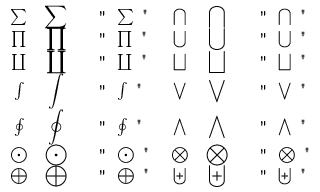
\begin{array} { c c l c c l } { \sum } & { \displaystyle \sum } & { \mathrm { ~ \verb ~ " ~ \sum ~ " ~ } } & { \bigcap } & { \displaystyle \bigcap } & { \mathrm { ~ \verb ~ " ~ \bigcap ~ " ~ } } \\ { \prod } & { \displaystyle \prod } & { \mathrm { ~ \verb ~ " ~ \prod ~ " ~ } } & { \bigcup } & { \displaystyle \bigcup } & { \mathrm { ~ \verb ~ " ~ \bigcup ~ " ~ } } \\ { \coprod } & { \displaystyle \coprod } & { \mathrm { ~ \verb ~ " ~ \coprod ~ " ~ } } & { \bigsqcup } & { \displaystyle \bigsqcup } & { \mathrm { ~ \verb ~ " ~ \bigsqcup ~ " ~ } } \\ { \int } & { \displaystyle \int } & { \mathrm { ~ \verb ~ " ~ \int ~ " ~ } } & { \bigvee } & { \displaystyle \bigvee } & { \mathrm { ~ \verb ~ " ~ \bigvee ~ " ~ } } \\ { \oint } & { \displaystyle \oint } & { \mathrm { ~ \verb ~ " ~ \oint ~ " ~ } } & { \bigwedge } & { \displaystyle \bigwedge } & { \mathrm { ~ \verb ~ " ~ \bigwedge ~ " ~ } } \\ { \bigodot } & { \displaystyle \bigodot } & { \mathrm { ~ \verb ~ " ~ \bigodot ~ " ~ } } & { \bigotimes } & { \displaystyle \bigotimes } & { \mathrm { ~ \verb ~ " ~ \bigotimes ~ " ~ } } \\ { \bigoplus } & { \displaystyle \bigoplus } & { \mathrm { ~ \verb ~ " ~ \bigoplus ~ " ~ } } & { \biguplus } & { \displaystyle \biguplus } & { \mathrm { ~ \verb ~ " ~ \biguplus ~ " ~ } } \end{array}